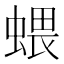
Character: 𧍥